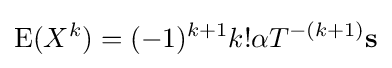
\operatorname {E} (X^{k})=(-1)^{k+1}k!\mathbf {\alpha } T^{-(k+1)}\mathbf {s}